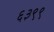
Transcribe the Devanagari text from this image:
६३९९